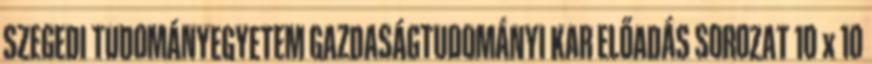
SZEGEDI TUDOMÁNYEGYETEM GAZDASÁGTUDOMÁNYI KAR ELŐADÁS SOROZAT 10 x 10